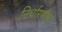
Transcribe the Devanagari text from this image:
निर्धारणीय